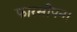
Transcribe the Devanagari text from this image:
फारसीपन।